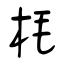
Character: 枆